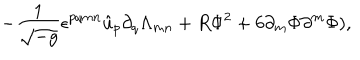
- { \frac { 1 } { \sqrt { - g } } } \epsilon ^ { p q m n } \hat { u } _ { p } \partial _ { q } \Lambda _ { m n } + R \Phi ^ { 2 } + 6 \partial _ { m } \Phi \partial ^ { m } \Phi ) ,